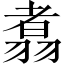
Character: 翥